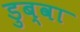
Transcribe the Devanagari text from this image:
डुब्वा